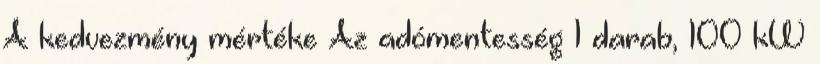
A kedvezmény mértéke Az adómentesség 1 darab, 100 kW